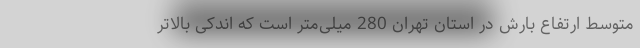
متوسط ارتفاع بارش در استان تهران 280 میلی‌متر است که اندکی بالاتر